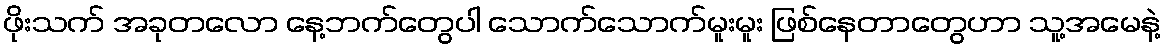
ဖိုးသက် အခုတလော နေ့ဘက်တွေပါ သောက်သောက်မူးမူး ဖြစ်နေတာတွေဟာ သူ့အမေနဲ့